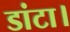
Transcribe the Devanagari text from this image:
डांटा।